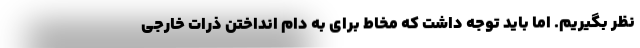
نظر بگیریم. اما باید توجه داشت که مخاط برای به دام انداختن ذرات خارجی